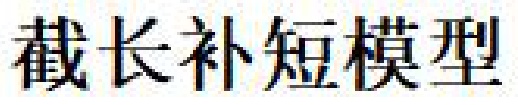
截长补短模型